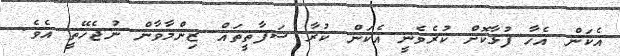
އެކަން އެހާ ފުޅާކޮށް ކުރެވެނީ އެކަން ކުރާ ސަފާތީތައް ޒިންމާވާން ނުޖެހޭތީ އެވެ.